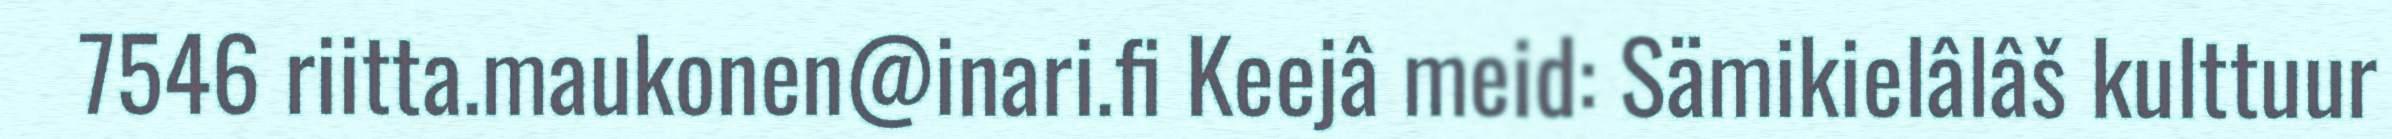
7546 riitta.maukonen@inari.fi Keejâ meid: Sämikielâlâš kulttuur